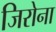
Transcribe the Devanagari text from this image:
जिरोना